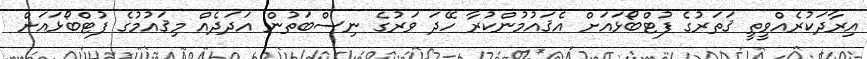
އިރާދަކުރެއްވީތީ ޤަތަރުގެ ފުޓްބޯޅައަށް އެޤައުމުންކުރާ ހޭދަ ވަރުގެ ނިސްބަތުން އަދަދެއް މިޤައުމުގެ ފުޓްބޯޅައަށް